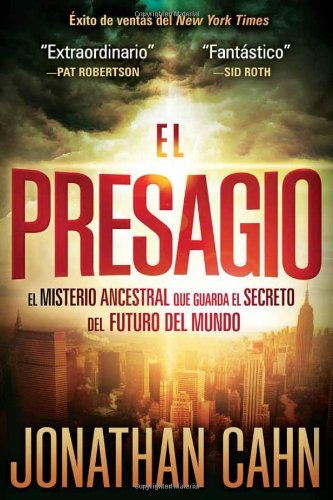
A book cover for El Presagio: El misterio ancestral que guarda el secreto del futuro del mundo (Spanish Edition); Jonathan Cahn; Literature & Fiction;